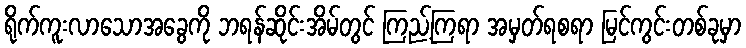
ရိုက်ကူးလာသောအခွေကို ဘရန်ဆိုင်းအိမ်တွင် ကြည့်ကြရာ အမှတ်ရစရာ မြင်ကွင်းတစ်ခုမှာ